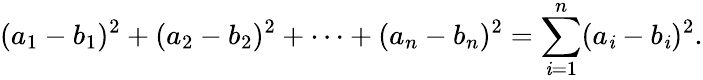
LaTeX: (a_{1}-b_{1})^{2}+(a_{2}-b_{2})^{2}+\cdots+(a_{n}-b_{n})^{2}=\sum_{\mathit{i}=1}^{n}(a_{\mathit{i}}-b_{\mathit{i}})^{2}.